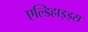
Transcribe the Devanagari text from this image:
एल्डिहाइड्स